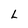
Character: L